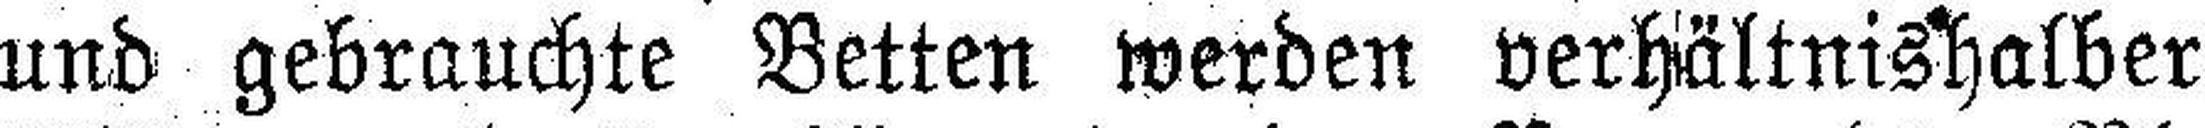
und gebrauchte Betten werden verhältnishalber